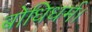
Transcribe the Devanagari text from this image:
बोधिधर्म।